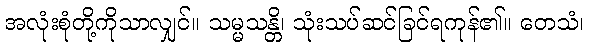
အလုံးစုံတို့ကိုသာလျှင်။ သမ္မသန္တိ၊ သုံးသပ်ဆင်ခြင်ရကုန်၏။ တေသံ၊